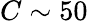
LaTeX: C\sim 50